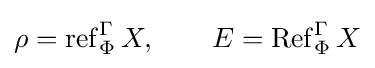
\rho =\operatorname {ref} _{\Phi }^{\Gamma }X,\qquad E=\operatorname {Ref} _{\Phi }^{\Gamma }X